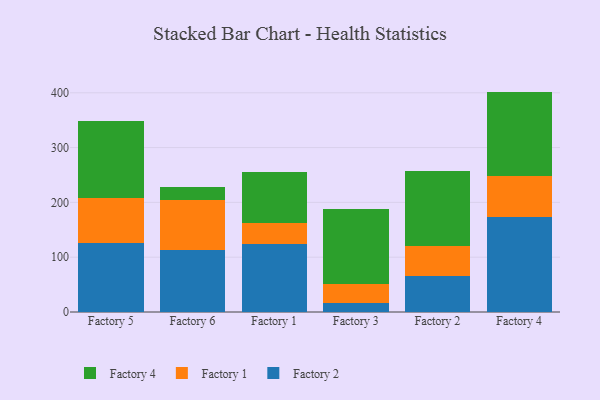
{"axis": {"x": "Factory", "y": "Shipments"}, "legend": ["Factory 1", "Factory 2", "Factory 4"], "data": [{"x": "Factory 5", "y": 126.3, "type": "Factory 2"}, {"x": "Factory 5", "y": 81.1, "type": "Factory 1"}, {"x": "Factory 5", "y": 140.7, "type": "Factory 4"}, {"x": "Factory 6", "y": 113.9, "type": "Factory 2"}, {"x": "Factory 6", "y": 90.0, "type": "Factory 1"}, {"x": "Factory 6", "y": 24.1, "type": "Factory 4"}, {"x": "Factory 1", "y": 123.3, "type": "Factory 2"}, {"x": "Factory 1", "y": 39.1, "type": "Factory 1"}, {"x": "Factory 1", "y": 92.8, "type": "Factory 4"}, {"x": "Factory 3", "y": 17.0, "type": "Factory 2"}, {"x": "Factory 3", "y": 34.3, "type": "Factory 1"}, {"x": "Factory 3", "y": 136.7, "type": "Factory 4"}, {"x": "Factory 2", "y": 66.4, "type": "Factory 2"}, {"x": "Factory 2", "y": 53.3, "type": "Factory 1"}, {"x": "Factory 2", "y": 137.3, "type": "Factory 4"}, {"x": "Factory 4", "y": 173.4, "type": "Factory 2"}, {"x": "Factory 4", "y": 75.2, "type": "Factory 1"}, {"x": "Factory 4", "y": 153.6, "type": "Factory 4"}]}